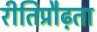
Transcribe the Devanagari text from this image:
रीतिप्रौढ़ता